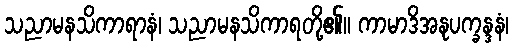
သညာမနသိကာရာနံ၊ သညာမနသိကာရတို့၏။ ကာမာဒိအနုပက္ခန္ဒနံ၊